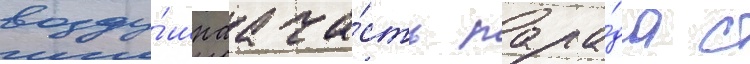
возду́шнаа ча́сть пара́да с